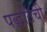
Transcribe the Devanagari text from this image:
पद्धतिची